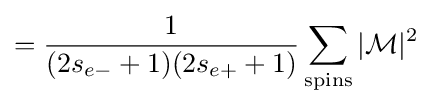
={\frac {1}{(2s_{e-}+1)(2s_{e+}+1)}}\sum _{\mathrm {spins} }|{\mathcal {M}}|^{2}